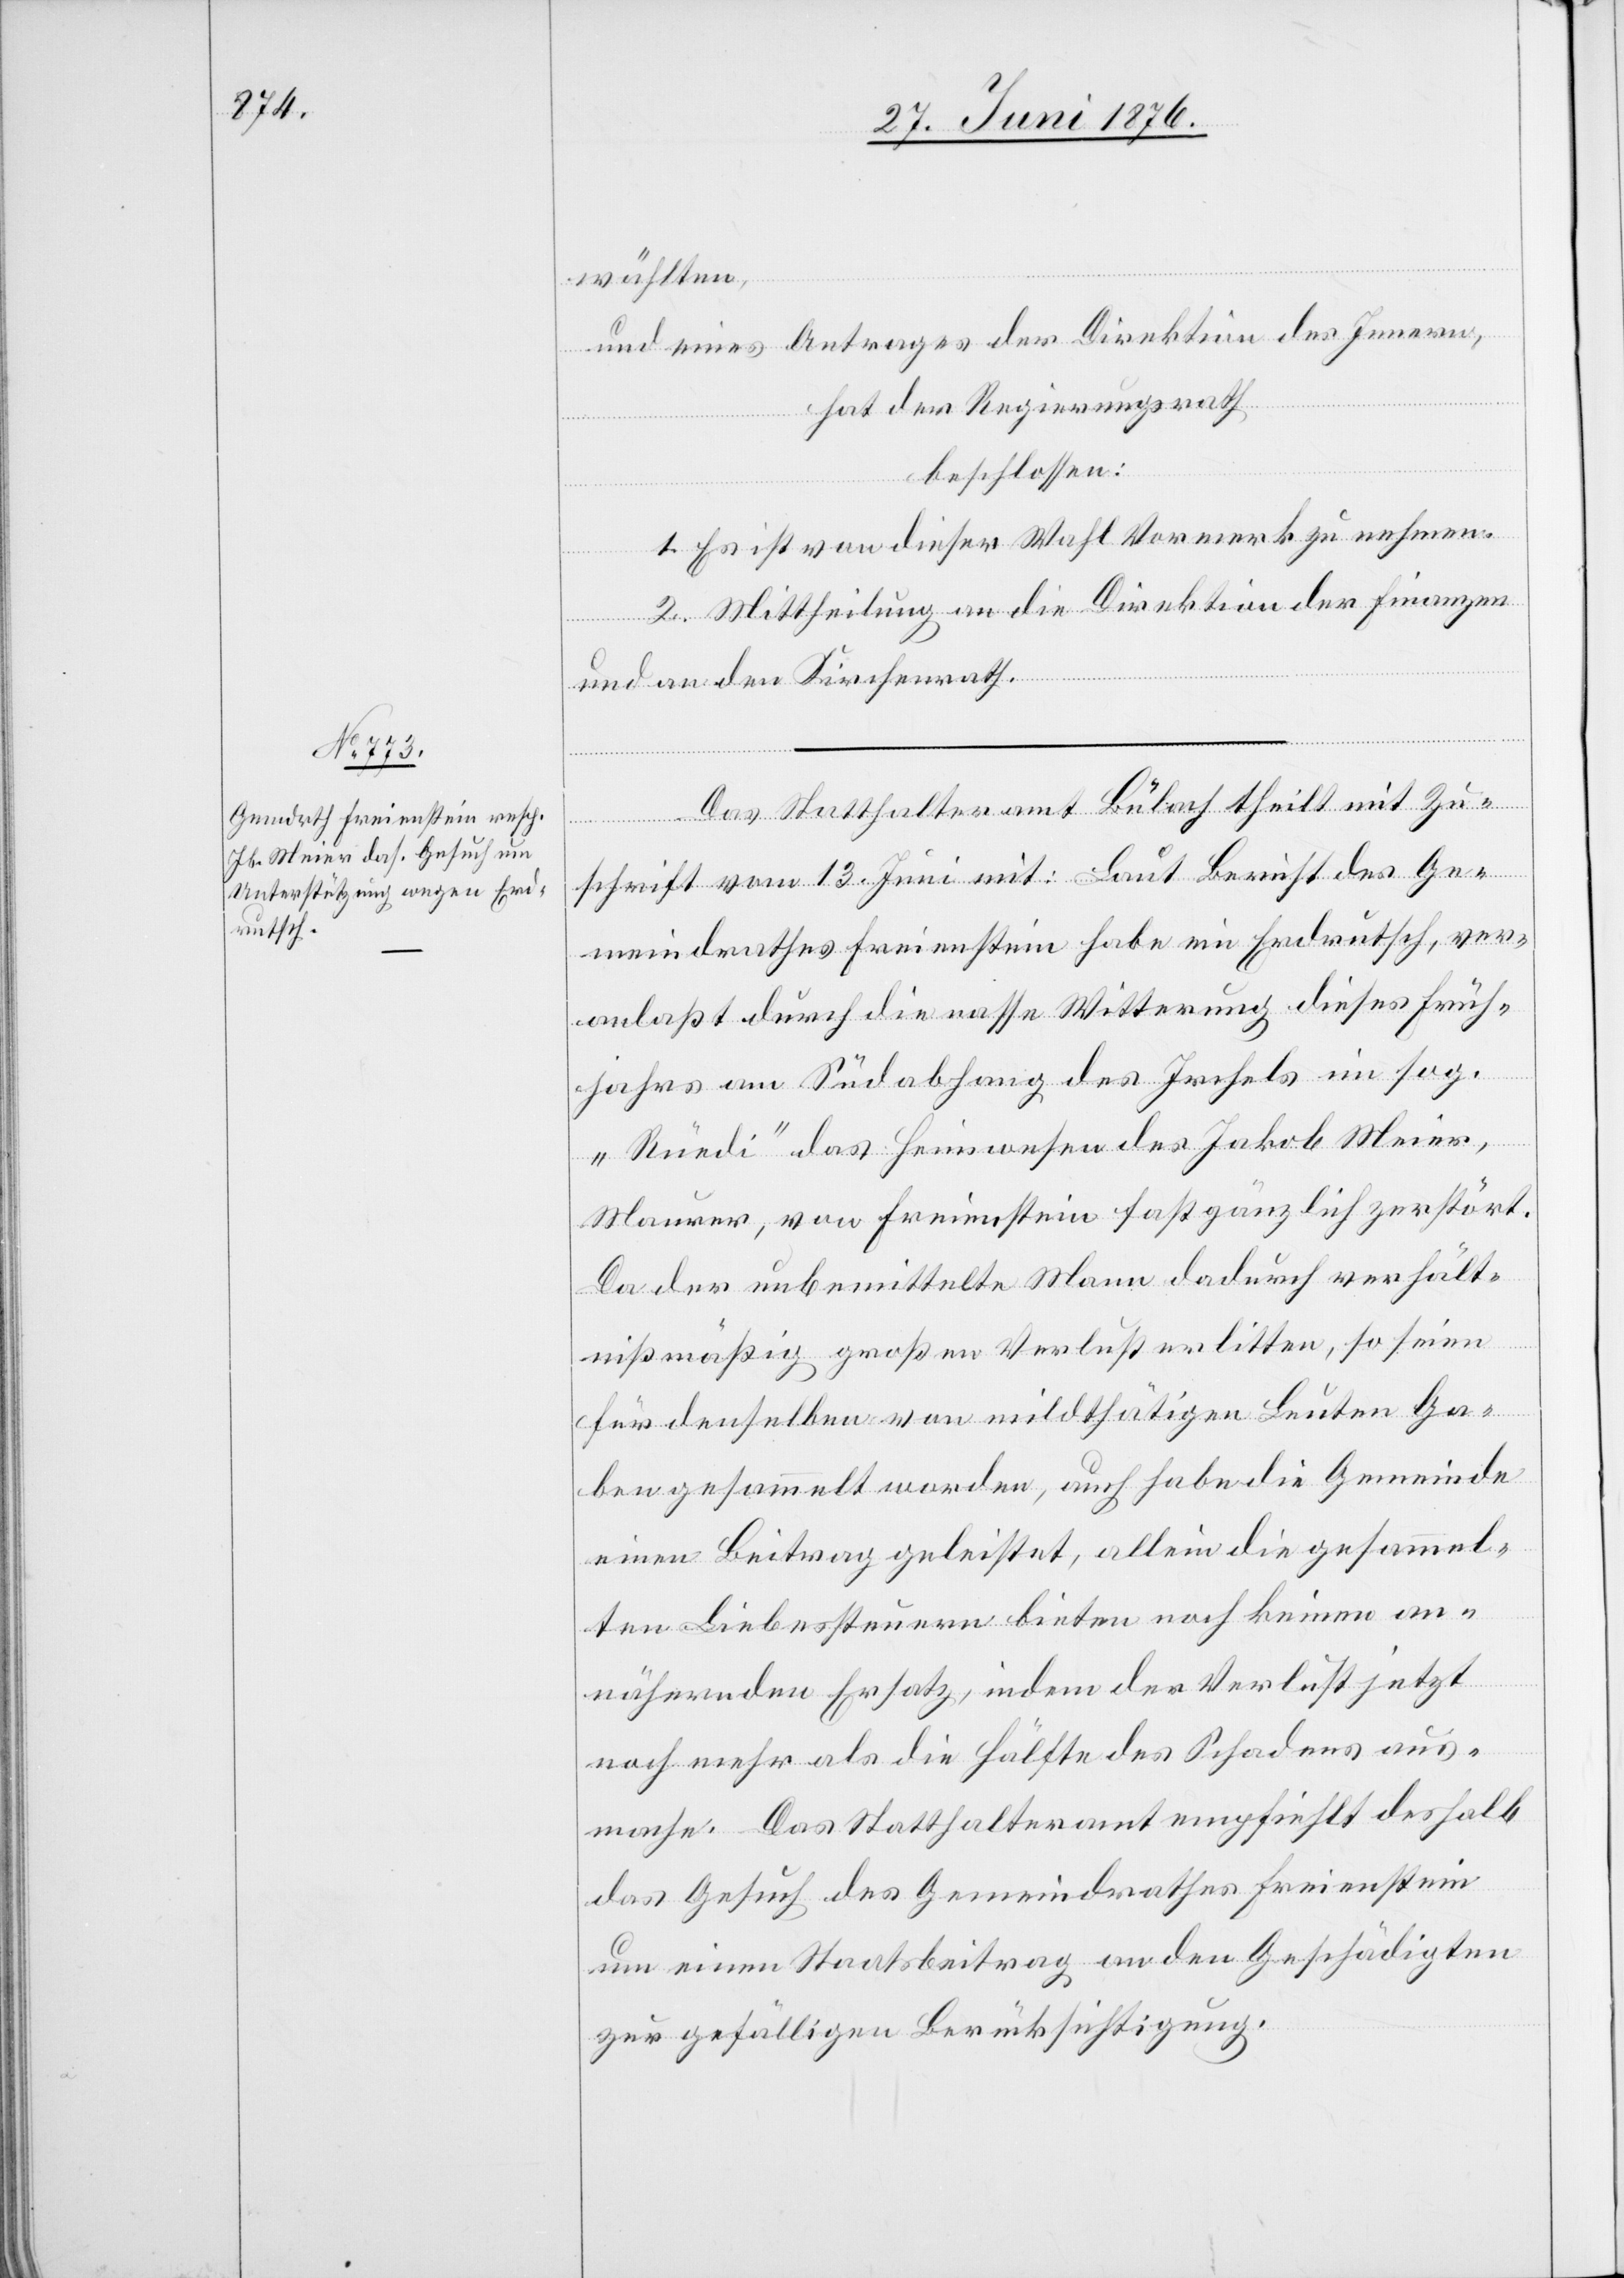
wählten,
und eines Antrages der Direktion des Innern,
hat der Regierungsrath
beschlossen:
1. Es ist von dieser Wahl Vormerk zu nehmen.
2. Mittheilung an die Direktion der Finanzen
und an den Kirchenrath.
Das Statthalteramt Bülach theilt mit Zu¬
schrift vom 13. Juni mit: Laut Bericht des Ge¬
meindrathes Freienstein habe ein Erdrutsch, ver¬
anlaßt durch die nasse Witterung dieses Früh¬
jahres am Südabhang des Irchels im sog.
„Rüedi“ das Heimwesen des Jakob Meier,
Maurer, von Freienstein fast gänzlich zerstört.
Da der unbemittelte Mann dadurch verhält¬
nißmäßig großen Verlust erlitten, so seien
für denselben von mildthätigen Leuten Ga¬
ben gesammelt worden, auch habe die Gemeinde
einen Beitrag geleistet, allein die gesammel¬
ten Liebessteuern bieten noch keinen an¬
nähernden Ersatz, indem der Verlust jetzt
noch mehr als die Hälfte des Schadens aus¬
mache. Das Statthalteramt empfiehlt deshalb
das Gesuch des Gemeindrathes Freienstein
um einen Staatsbeitrag an den Geschädigten
zur gefälligen Berücksichtigung.